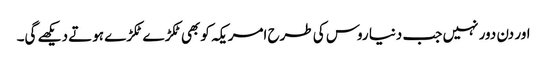
اور دن دور نہیں جب دنیا روس کی طرح امریکہ کو بھی ٹکڑ ے ٹکڑے ہوتے دیکھے گی۔